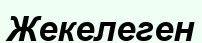
Жекелеген